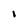
Character: I